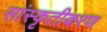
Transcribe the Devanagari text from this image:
सांस्कृतीकरण